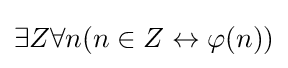
\exists Z\forall n(n\in Z\leftrightarrow \varphi (n))